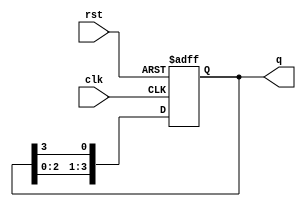
module binary_ring_counter (
    input wire clk,          // Clock input
    input wire rst,          // Reset input
    output reg [N-1:0] q     // Output states, replace N with the desired number of bits
);
    
    parameter N = 4; // Number of flip-flops (number of states)

    // Initial state
    initial begin
        q = 1'b1; // Start with first flip-flop set to '1' and others to '0'
    end

    always @(posedge clk or posedge rst) begin
        if (rst) begin
            q <= 1'b1; // Reset to initial state '0001'
        end else begin
            // Perform the shifting operation
            q <= {q[N-2:0], q[N-1]}; // Shift left with wrap around
        end
    end

endmodule